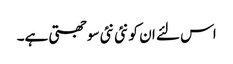
اس لئے ان کو نئی نئی سوجھتی ہے۔